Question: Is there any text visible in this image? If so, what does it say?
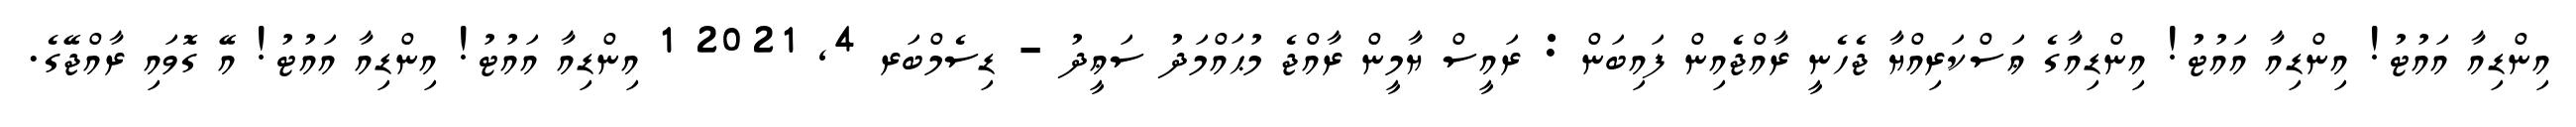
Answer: އިންޑިއާ އައުޓު! އިންޑިއާ އައުޓު! އިންޑިއާގެ ޢަސްކަރިއްޔާ ޖެހެނީ ރާއްޖެއިން ފައިބަން : ރައީސް ޔާމީން ރާއްޖެ މުޙައްމަދު ސަޢީދު - ޑިސެމްބަރ 4, 2021 1 އިންޑިއާ އައުޓު! އިންޑިއާ އައުޓު! އޭ ގޮވައި ރާއްޖޭގެ.